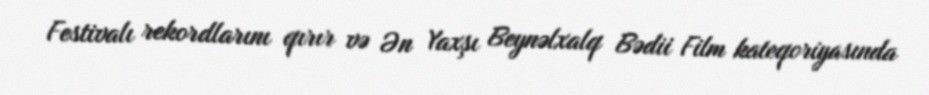
Festivalı rekordlarını qırır və Ən Yaxşı Beynəlxalq Bədii Film kateqoriyasında